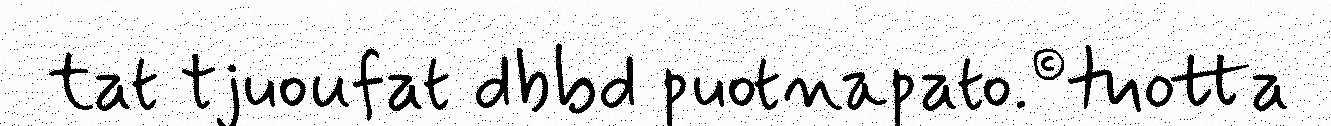
tat tjuoufat dbbd puotnapato.©tuotta